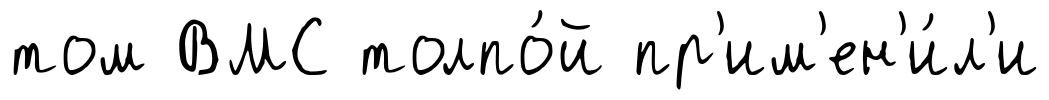
том ВМС толпо́й пр'им'ен'и́л'и